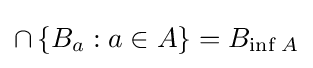
\cap \left\{B_{a}:a\in A\right\}=B_{\inf _{}A}